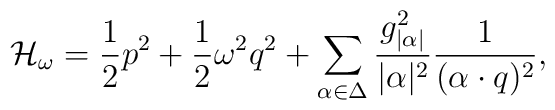
{\cal H}_{\omega}={1\over2}p^2+{1\over2}\omega^2q^2+   \sum_{\alpha\in\Delta}       {g_{|\alpha|}^{2}\over |\alpha|^{2}}{1\over{(\alpha\cdot q)^2}},